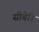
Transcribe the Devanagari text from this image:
सीबेरि